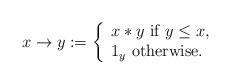
LaTeX: \begin{align*}x \to y := \left\{\begin{array}{l}x * y \mbox{ if } y \le x, \\1_y \mbox{ otherwise}.\end{array}\right.\end{align*}